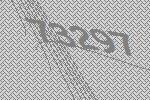
73297